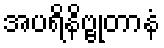
အပရိနိဗ္ဗုတာနံ